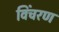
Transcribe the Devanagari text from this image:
विंचरण